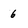
Character: 6